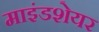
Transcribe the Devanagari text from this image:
माइंडशेयर